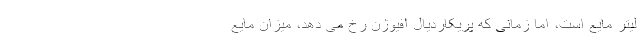
لیتر مایع است، اما زمانی که پریکاردیال افیوژن رخ می دهد، میزان مایع